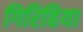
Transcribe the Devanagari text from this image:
गिरिहिया